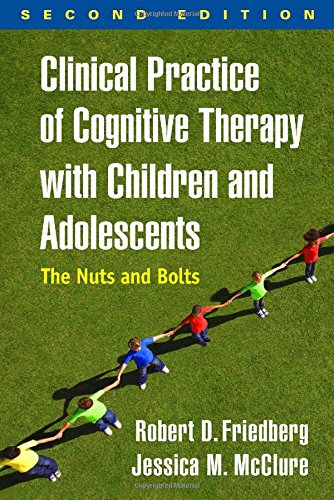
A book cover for Clinical Practice of Cognitive Therapy with Children and Adolescents, Second Edition: The Nuts and Bolts; Robert D. Friedberg Phd; Medical Books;